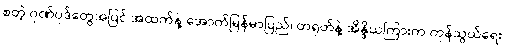
စတဲ့ ဂုဏ်ပုဒ်တွေအပြင် အထက်နဲ့ အောက်မြန်မာပြည်၊ တရုတ်နဲ့ အိန္ဒိယကြားက ကုန်သွယ်ရေး